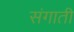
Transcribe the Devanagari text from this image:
संगाती